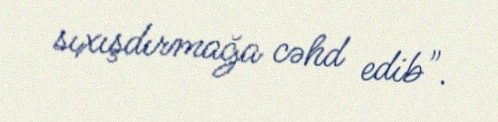
sıxışdırmağa cəhd edib".